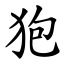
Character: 狍